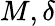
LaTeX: M,\delta